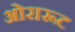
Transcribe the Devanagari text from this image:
ओरारूट